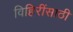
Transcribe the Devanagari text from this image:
विहिरींसाठी